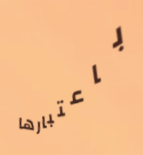
باعتبارها